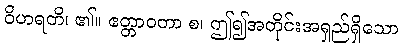
ဝိဟရတိ၊ ၏။ ဧတ္တာဝတာ စ၊ ဤ၍အတိုင်းအရှည်ရှိသော